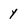
Character: y